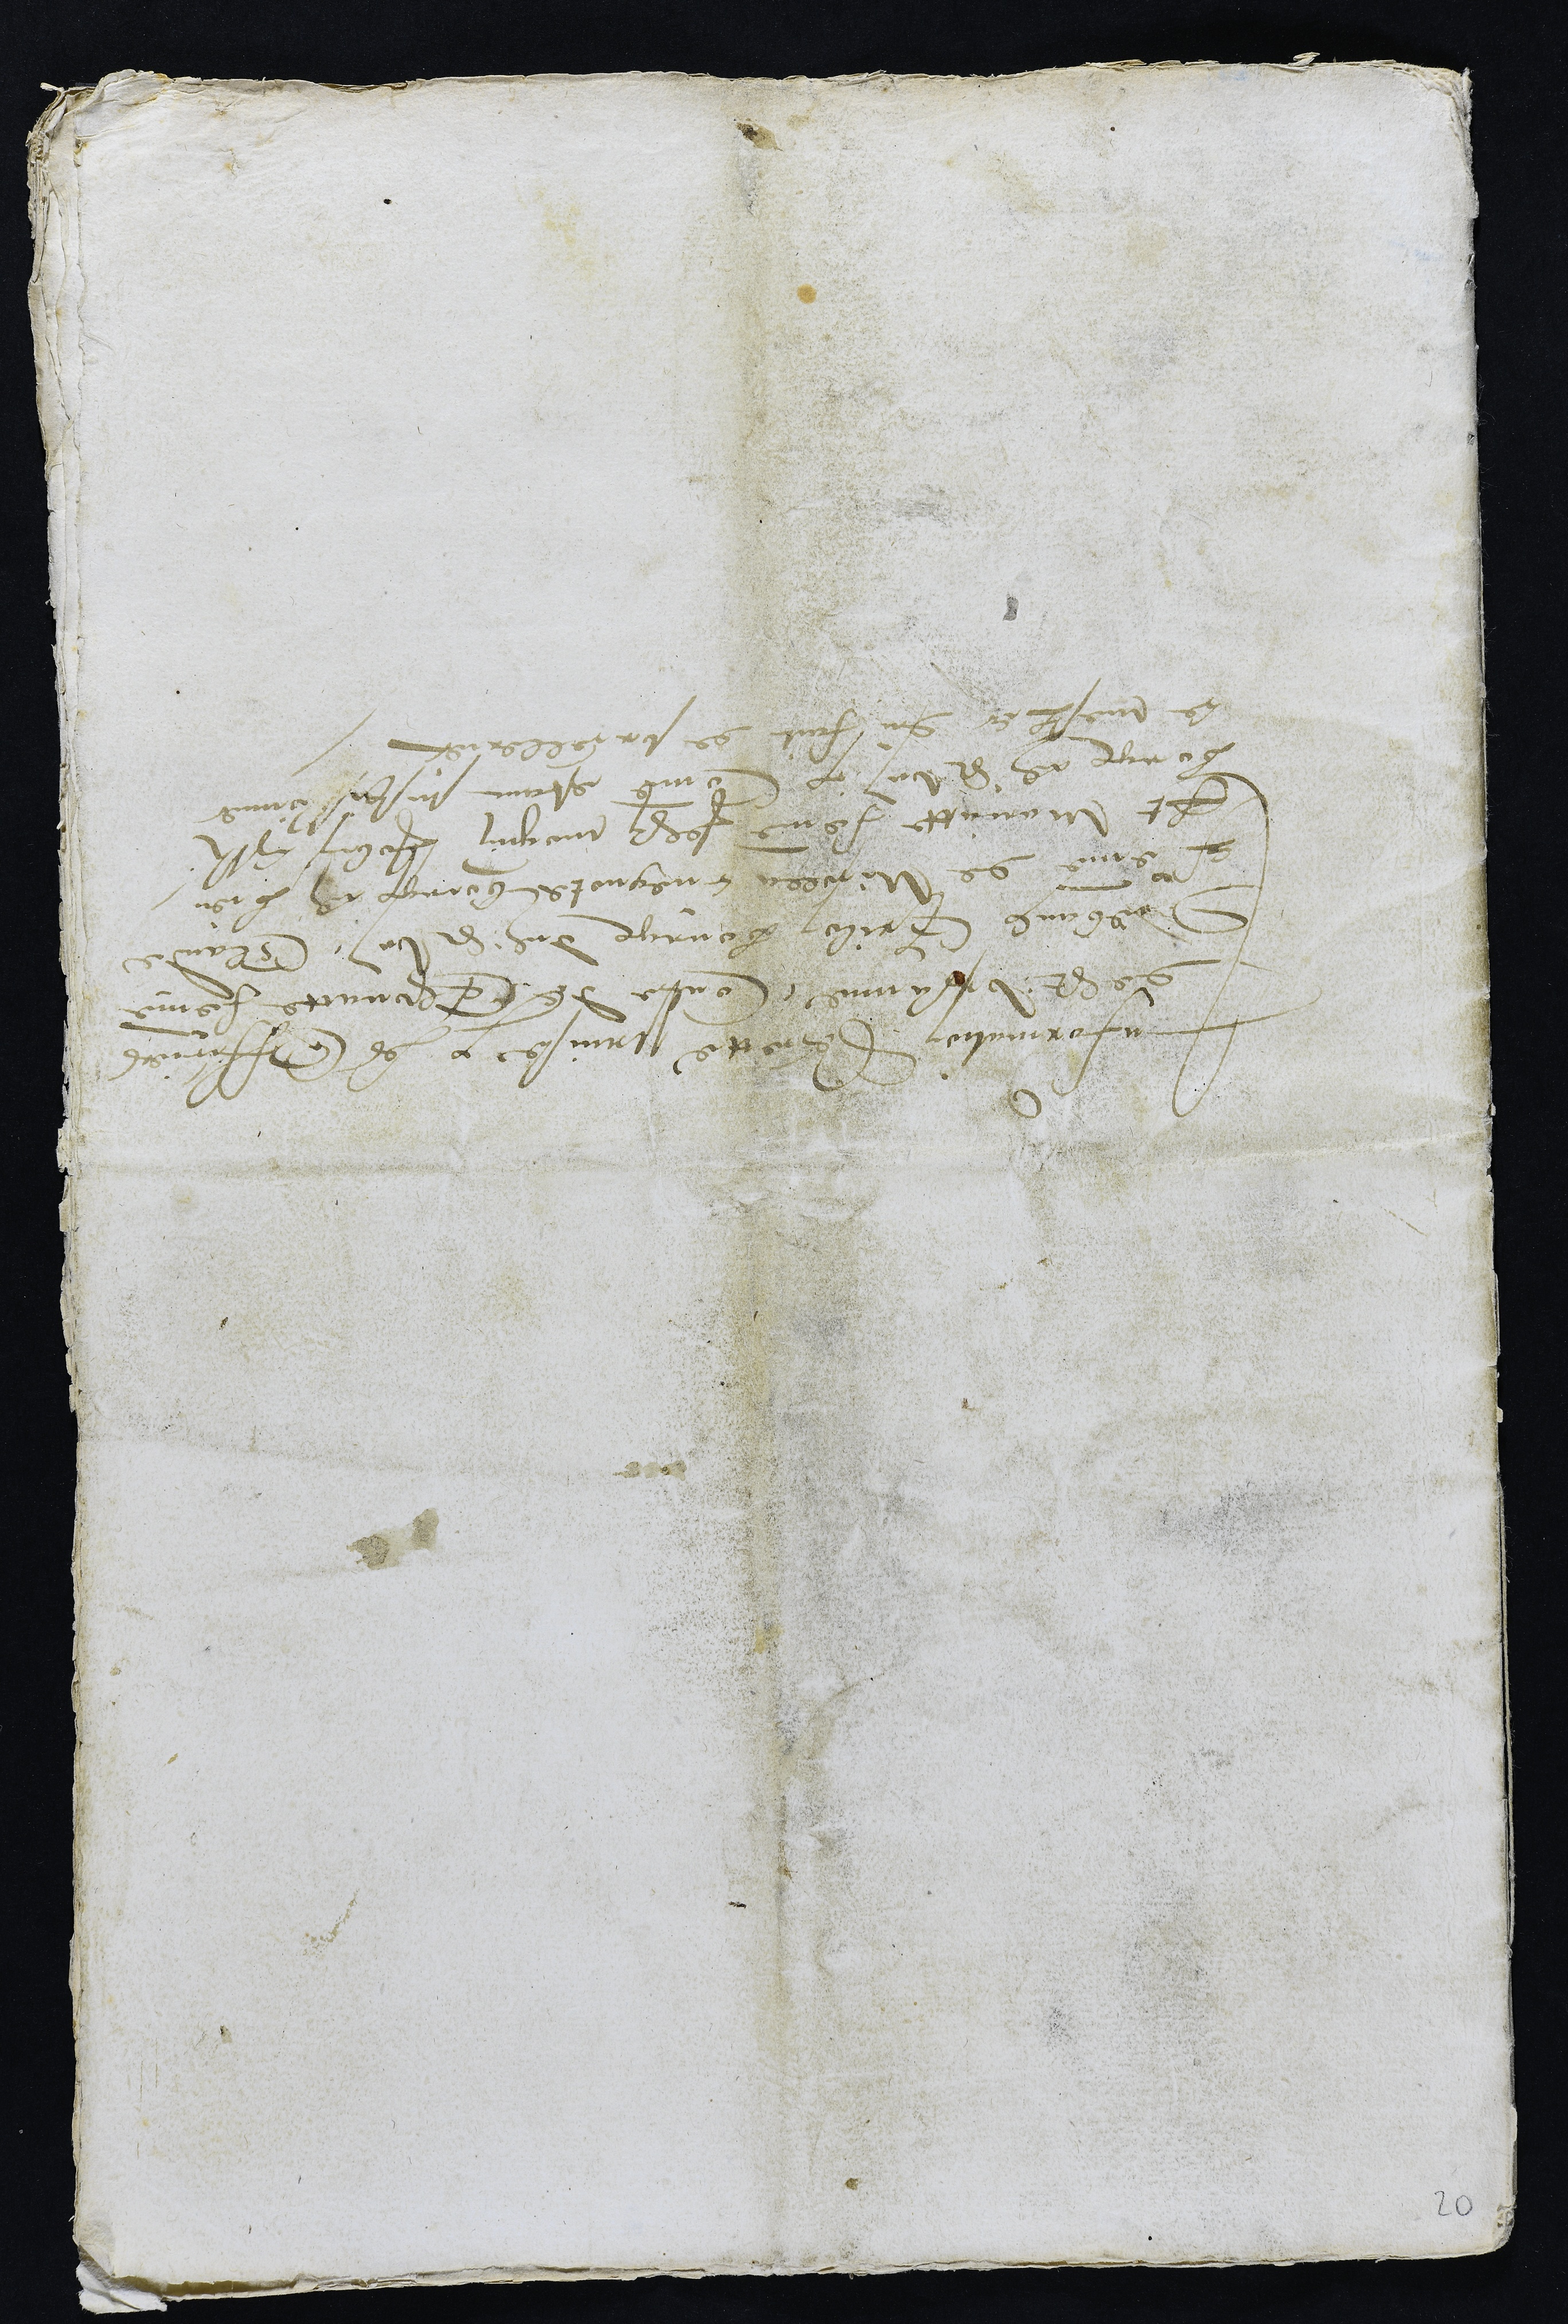
Information secrette prinse par les Officiers
de St Ursanne Contre de Thonatte femme
Diebaulx Grilon bourgeois dudit St Ursanne, Claude
femme de Nicolla cuegnote bourgeois adit lieu
Et Mariatte femme Jehan Mognin Jobin aussi
bourgeois audit St Ursanne Comme estant suspissionner
ce mesler du fait de sorcellerie.

20